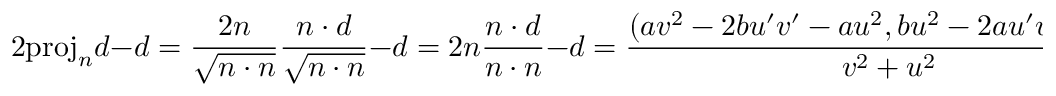
2 { \mathrm { p r o j } } _ { n } d - d = { \frac { 2 n } { \sqrt { n \cdot n } } } { \frac { n \cdot d } { \sqrt { n \cdot n } } } - d = 2 n { \frac { n \cdot d } { n \cdot n } } - d = { \frac { ( a v ^ { 2 } - 2 b u ^ { \prime } v ^ { \prime } - a u ^ { 2 } , b u ^ { 2 } - 2 a u ^ { \prime } v ^ { \prime } - b v ^ { 2 } ) } { v ^ { 2 } + u ^ { 2 } } }